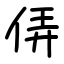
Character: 㑝